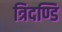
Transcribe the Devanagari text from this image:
त्रिदण्डि